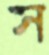
স